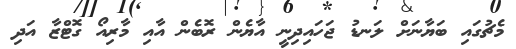
މެޗުގައި ބަޔާނަށް ލަނޑު ޖަހައިދިނީ އާޔެން ރޮބެން އާއި މާރިއޯ ގޮޓްޒާ އަދި